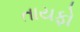
તાયફો